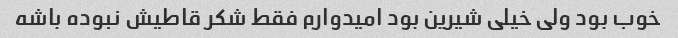
خوب بود ولی خیلی شیرین بود امیدوارم فقط شکر قاطیش نبوده باشه